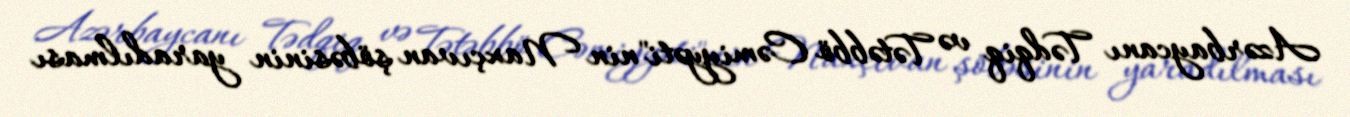
Azərbaycanı Tədqiq və Tətəbbö Cəmiyyəti"nin Naxçıvan şöbəsinin yaradılması